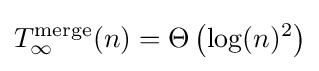
T_{\infty }^{\text{merge}}(n)=\Theta \left(\log(n)^{2}\right)